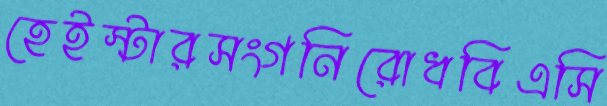
হেইস্টারসংগনিরোধবিএসি